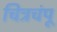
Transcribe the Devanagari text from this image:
चित्रचंपू